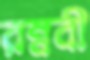
রম্নবী